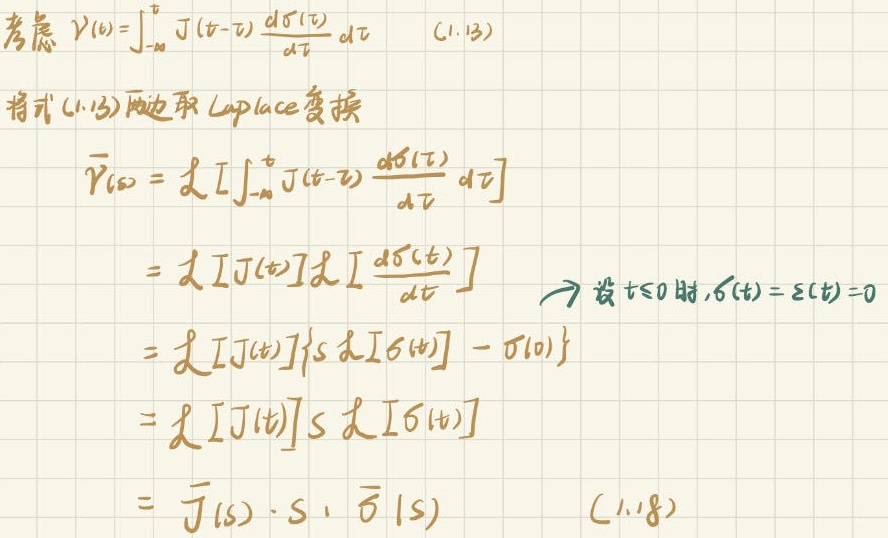
考虑 $\gamma(t)=\int_{-\infty}^{t} J(t-\tau) \frac{d \sigma(\tau)}{d \tau} d \tau$  (C.1.13)

将式 (C.1.13) 两边取 Laplace 变换

$\bar{\gamma}(s)=\mathcal{L}\left[\int_{-\infty}^{t} J(t-\tau) \frac{d \sigma(\tau)}{d \tau} d \tau\right]$

$=\mathcal{L}[J(t)]\mathcal{L}\left[\frac{d \sigma(t)}{d t}\right]$  $\to$ 设 $t \leq 0$ 时, $\sigma(t)=\varepsilon(t)=0$

$=\mathcal{L}[J(t)]\{s \mathcal{L}[\sigma(t)] - \sigma(0)\}$

$=\mathcal{L}[J(t)]s \mathcal{L}[\sigma(t)]$

$=\bar{J}(s) \cdot s \cdot \bar{\sigma}(s)$  (C.1.18)